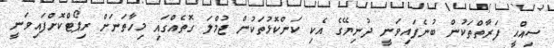
ސިއްޙީ ފަރާތްތަކުން ބުނެފައިވަނީ ދުނިޔޭގެ އެކި ކަންކޮޅުތަކުން ޖުމްލަ ގޮތެއްގައި މިހާތަނަށް ރިޕޯޓްކޮށްފައިވަނީ